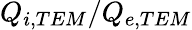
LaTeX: Q_{i,TEM}/Q_{e,TEM}